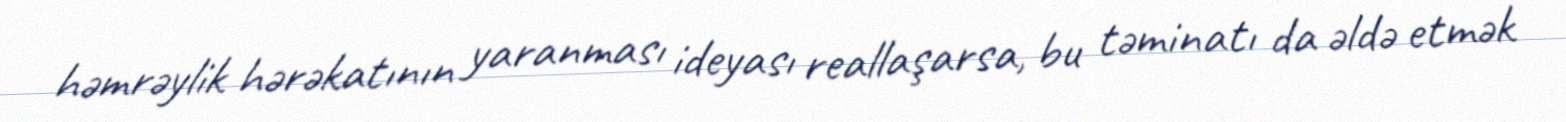
həmrəylik hərəkatının yaranması ideyası reallaşarsa, bu təminatı da əldə etmək